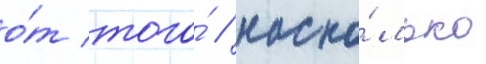
о́т того́ / наско́лько